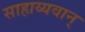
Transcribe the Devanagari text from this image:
साहाय्यवान्